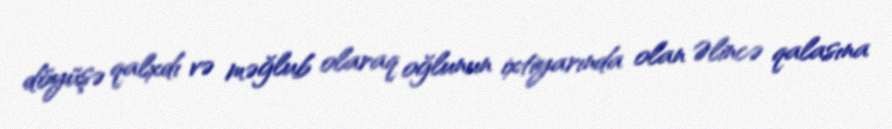
döyüşə qalxdı və məğlub olaraq oğlunun ixtiyarında olan Əlincə qalasına